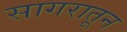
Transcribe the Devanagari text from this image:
सागरातून